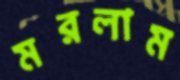
মরলাম